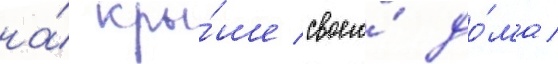
на́ кры́ше своего́ до́ма